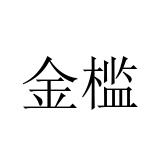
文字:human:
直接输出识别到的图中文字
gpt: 金槛